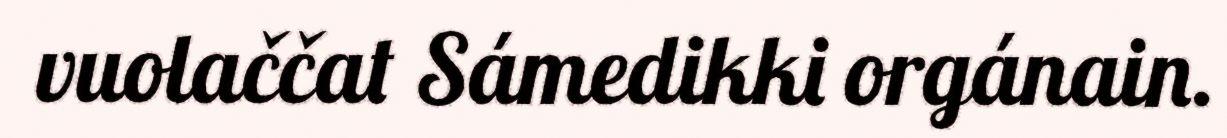
vuolaččat Sámedikki orgánain.